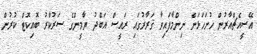
އޭސީއެޗްއާރުން ހުށަހަޅަން ނިންމާފައިވާ ޤަރާރުގައި ރައީސް އަބްދު ޔާމީންގެ ސަރުކާރު ބޮއިކޮޓް ކުރުން